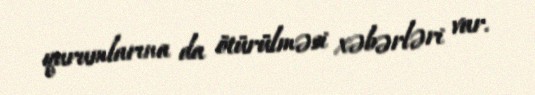
qurumlarına da ötürülməsi xəbərləri var.